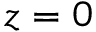
z = 0